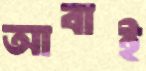
আবাই